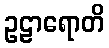
ဥဠာရောတိ